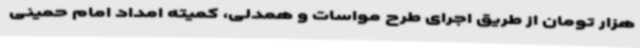
هزار تومان از طریق اجرای طرح مواسات و همدلی، کمیته امداد امام حمینی